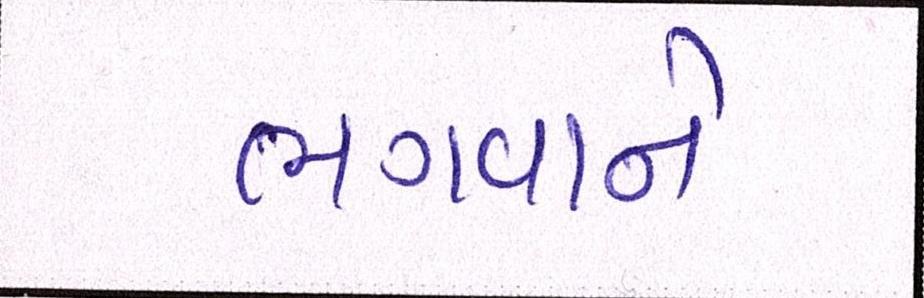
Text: ભગવાને